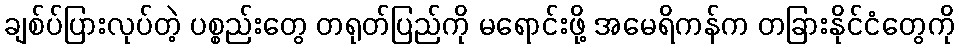
ချစ်ပ်ပြားလုပ်တဲ့ ပစ္စည်းတွေ တရုတ်ပြည်ကို မရောင်းဖို့ အမေရိကန်က တခြားနိုင်ငံတွေကို